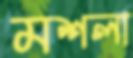
মশলা